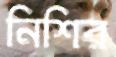
নিশির